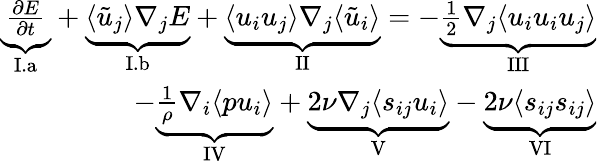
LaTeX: \begin{array}{r}{\underbrace{\frac{\partial E}{\partial t}}_{\mathrm{I.a}}+\underbrace{\langle\tilde{u}_{j}\rangle\nabla_{j}E}_{\mathrm{I.b}}+\underbrace{\langle u_{i}u_{j}\rangle\nabla_{j}\langle\tilde{u}_{i}\rangle}_{\mathrm{II}}=-\underbrace{\frac{1}{2}\nabla_{j}\langle u_{i}u_{i}u_{j}\rangle}_{\mathrm{III}}}\\ {-\underbrace{\frac{1}{\rho}\nabla_{i}\langle pu_{i}\rangle}_{\mathrm{IV}}+\underbrace{2\nu\nabla_{j}\langle s_{ij}u_{i}\rangle}_{\mathrm{V}}-\underbrace{2\nu\langle s_{ij}s_{ij}\rangle}_{\mathrm{VI}}}\end{array}